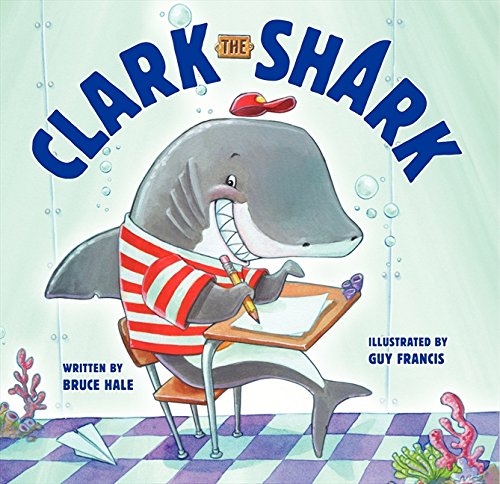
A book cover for Clark the Shark; Bruce Hale; Children's Books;